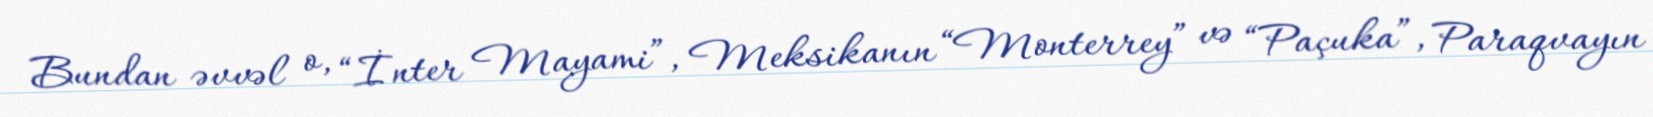
Bundan əvvəl o, “İnter Mayami”, Meksikanın “Monterrey” və “Paçuka”, Paraqvayın